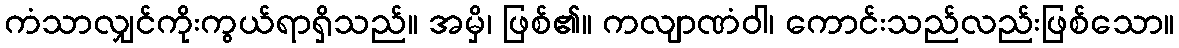
ကံသာလျှင်ကိုးကွယ်ရာရှိသည်။ အမှိ၊ ဖြစ်၏။ ကလျာဏံဝါ၊ ကောင်းသည်လည်းဖြစ်သော။